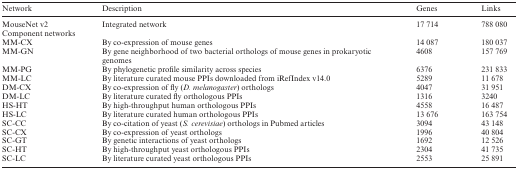
<table><thead><tr><td><b>Network</b></td><td><b>Description</b></td><td><b>Genes</b></td><td><b>Links</b></td></tr></thead><tbody><tr><td>MouseNet v2</td><td>Integrated network</td><td>17 714</td><td>788 080</td></tr><tr><td colspan="4">Component networks</td></tr><tr><td>MM-CX</td><td>By co-expression of mouse genes</td><td>14 087</td><td>180 037</td></tr><tr><td>MM-GN</td><td>By gene neighborhood of two bacterial orthologs of mouse genes in prokaryotic genomes</td><td>4608</td><td>157 769</td></tr><tr><td>MM-PG</td><td>By phylogenetic profile similarity across species</td><td>6376</td><td>231 833</td></tr><tr><td>MM-LC</td><td>By literature curated mouse PPIs downloaded from iRefIndex v14.0</td><td>5289</td><td>11 678</td></tr><tr><td>DM-CX</td><td>By co-expression of fly (<i>D. melanogaster</i>) orthologs</td><td>4047</td><td>31 951</td></tr><tr><td>DM-LC</td><td>By literature curated fly orthologous PPIs</td><td>1316</td><td>3240</td></tr><tr><td>HS-HT</td><td>By high-throughput human orthologous PPIs</td><td>4558</td><td>16 487</td></tr><tr><td>HS-LC</td><td>By literature curated human orthologous PPIs</td><td>13 676</td><td>163 754</td></tr><tr><td>SC-CC</td><td>By co-citation of yeast (<i>S. cerevisiae</i>) orthologs in Pubmed articles</td><td>3094</td><td>43 148</td></tr><tr><td>SC-CX</td><td>By co-expression of yeast orthologs</td><td>1996</td><td>40 804</td></tr><tr><td>SC-GT</td><td>By genetic interactions of yeast orthologs</td><td>1692</td><td>12 526</td></tr><tr><td>SC-HT</td><td>By high-throughput yeast orthologous PPIs</td><td>2304</td><td>41 735</td></tr><tr><td>SC-LC</td><td>By literature curated yeast orthologous PPIs</td><td>2553</td><td>25 891</td></tr></tbody></table>